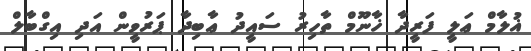
ޣުލާމް ޢަލީ ފަރީދާ ޚާނޫމް ތާހިރު ސައީދު ޢާބިދާ ޕަރުވީން އަދި އިގްބާލް